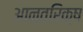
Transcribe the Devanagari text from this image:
आन्तरिक्ष